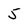
Character: 5